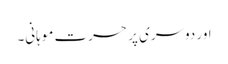
اور دوسری پر حسرت موہانی۔